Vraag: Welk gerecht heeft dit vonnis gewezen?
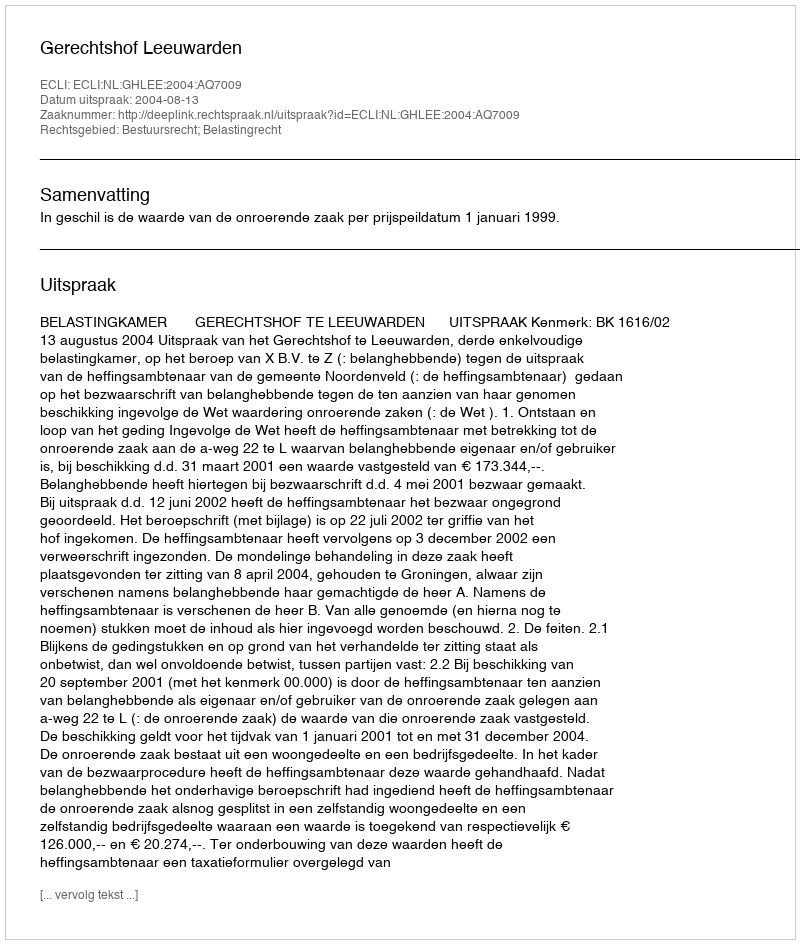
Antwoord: Gerechtshof Leeuwarden